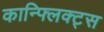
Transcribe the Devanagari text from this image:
कान्फ्लिक्ट्स